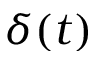
\delta ( t )